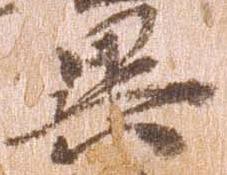
異